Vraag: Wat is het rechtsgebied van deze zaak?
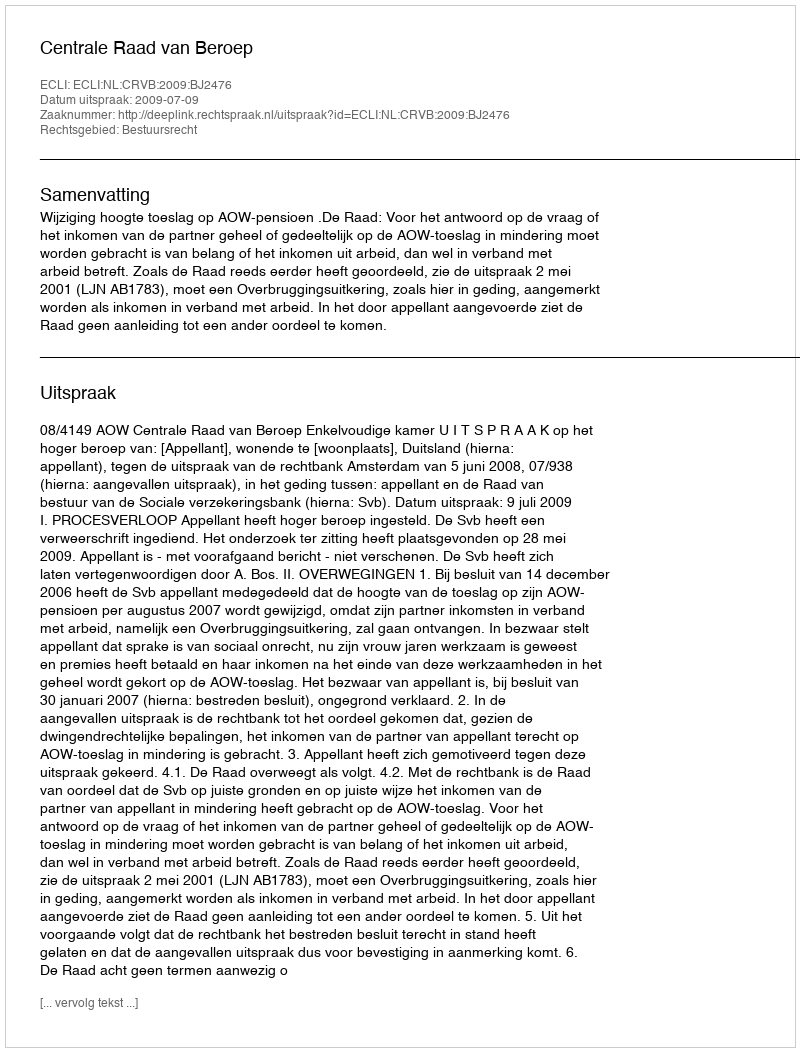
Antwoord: Bestuursrecht